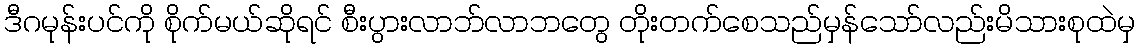
ဒီဂမုန်းပင်ကို စိုက်မယ်ဆိုရင် စီးပွားလာဘ်လာဘတွေ တိုးတက်စေသည်မှန်သော်လည်းမိသားစုထဲမှ